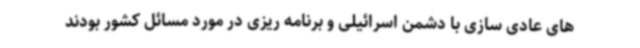
های عادی سازی با دشمن اسرائیلی و برنامه ریزی در مورد مسائل کشور بودند